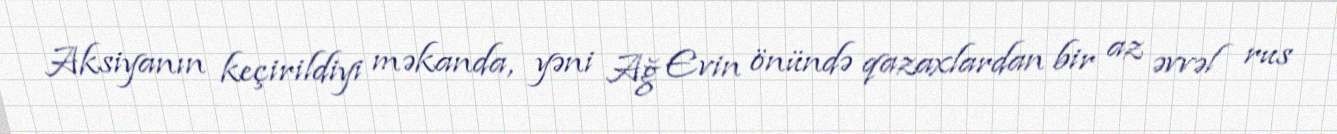
Aksiyanın keçirildiyi məkanda, yəni Ağ Evin önündə qazaxlardan bir az əvvəl rus